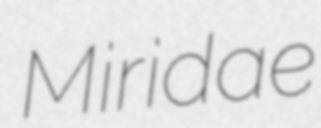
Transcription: Miridae